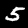
Digit: 5